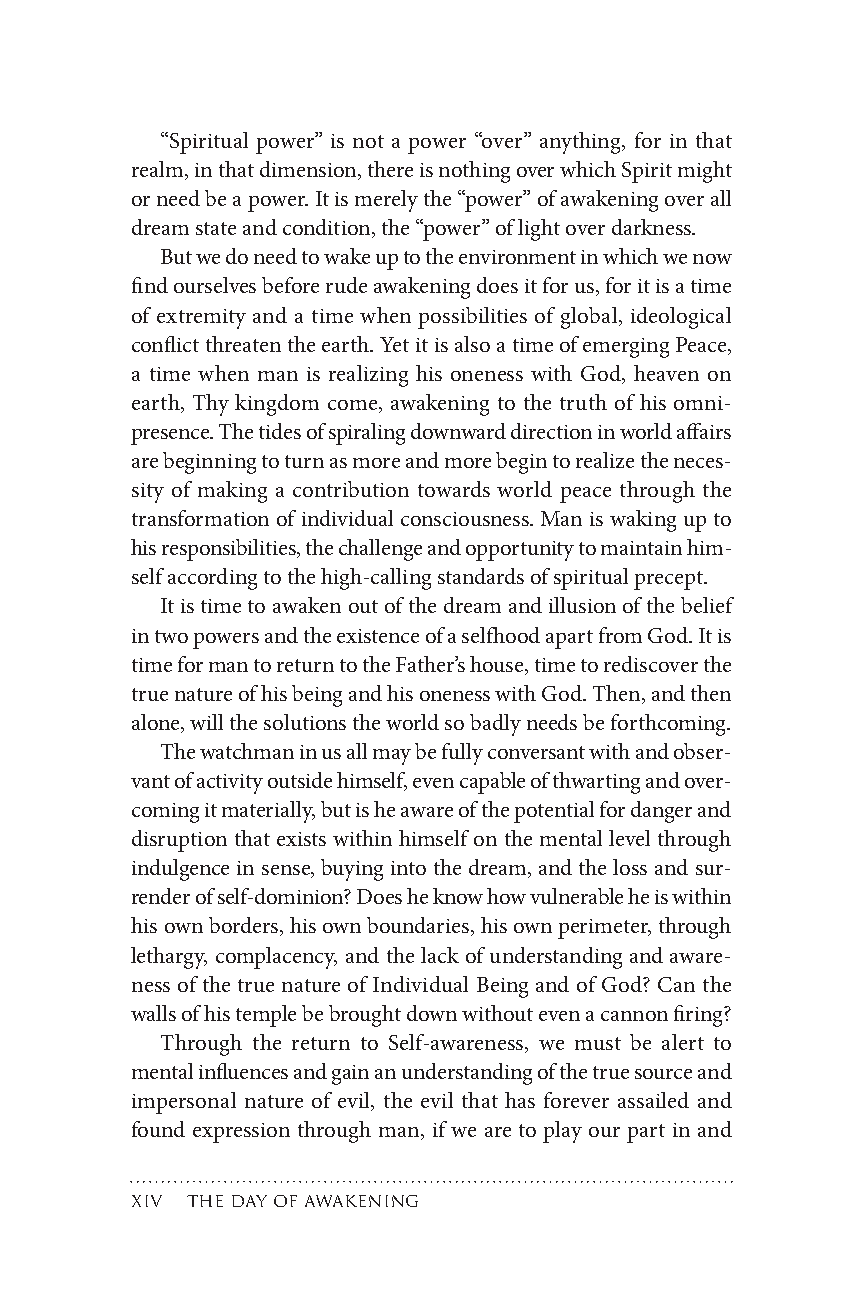
“Spiritual power” is not a power “over” anything, for in that
 realm,inthatdimension,thereisnothingoverwhichSpiritmight
 orneedbeapower.Itismerelythe“power”ofawakeningoverall
 dreamstateandcondition,the“power”oflightoverdarkness.
 Butwedoneedtowakeuptotheenvironmentinwhichwenow
 findourselvesbeforerudeawakeningdoesitforus,foritisatime
 of extremity and a time when possibilities of global, ideological
 conflictthreatentheearth.YetitisalsoatimeofemergingPeace,
 a time when man is realizing his oneness with God, heaven on
 earth, Thy kingdom come, awakening to the truth of his omni-
 presence.Thetidesofspiralingdownwarddirectioninworldaffairs
 arebeginningtoturnasmoreandmorebegintorealizetheneces-
 sity of making a contribution towards world peace through the
 transformation of individual consciousness. Man is waking up to
 hisresponsibilities,thechallengeandopportunitytomaintainhim-
 selfaccordingtothehigh-callingstandardsofspiritualprecept.
 Itistimetoawakenoutofthedreamandillusionofthebelief
 intwopowersandtheexistenceofaselfhoodapartfromGod.Itis
 timeformantoreturntotheFather’shouse,timetorediscoverthe
 truenatureofhisbeingandhisonenesswithGod.Then,andthen
 alone,willthesolutionstheworldsobadlyneedsbeforthcoming.
 Thewatchmaninusallmaybefullyconversantwithandobser-
 vantofactivityoutsidehimself,evencapableofthwartingandover-
 comingitmaterially,butisheawareofthepotentialfordangerand
 disruption that exists within himself on the mental level through
 indulgenceinsense,buyingintothedream,andthelossandsur-
 renderofself-dominion?Doesheknowhowvulnerableheiswithin
 hisownborders,hisownboundaries,hisownperimeter,through
 lethargy, complacency, and the lack of understanding and aware-
 ness of the true nature of Individual Being and of God? Can the
 wallsofhistemplebebroughtdownwithoutevenacannonfiring?
 Through the return to Self-awareness, we must be alert to
 mentalinfluencesandgainanunderstandingofthetruesourceand
 impersonal nature of evil, the evil that has forever assailed and
 found expression through man, if we are to play our part in and
 x thedayofawakening